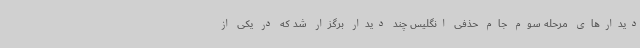
دیدارهای مرحله سوم جام حذفی انگلیس چند دیدار برگزار شد که در یکی از